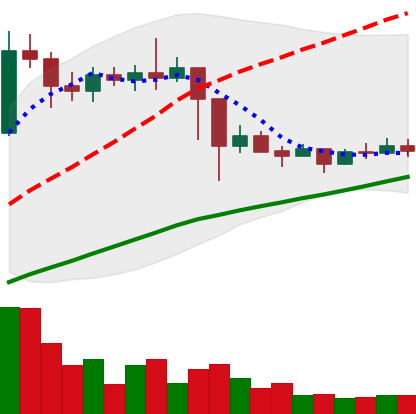
Ticker: ETC-USD
Chart end date: 2021-03-04
Forward return: 12.56%
Label: up_7plus